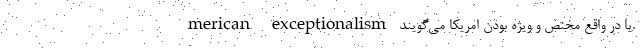
merican exceptionalism يا در واقع مختص و ويژه بودن امريكا مي‌گويند.